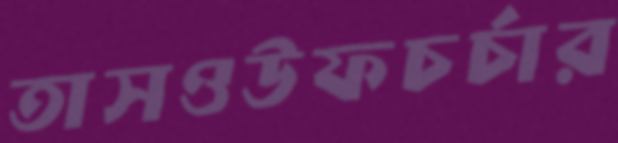
তাসওউফচর্চার